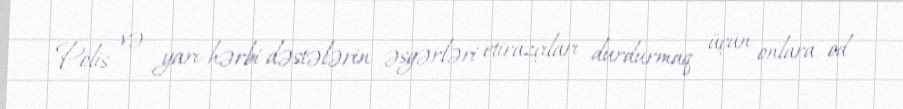
Polis və yarı-hərbi dəstələrin əsgərləri etirazçıları durdurmaq üçün onlara od